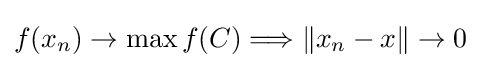
f(x_{n})\to \max f(C)\Longrightarrow \|x_{n}-x\|\to 0